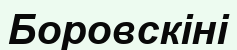
Боровскіні